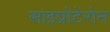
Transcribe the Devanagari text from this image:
साइप्रोटेरोन